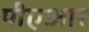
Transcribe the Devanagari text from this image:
पीएआर